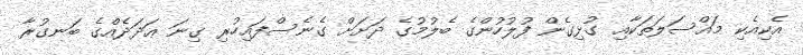
އެކިއެކި މައްސަލަތަކާއި ގުޅިގެން ފުލުހުންގެ ބެލުމުގެ ދަށަށް ގެނެސްފައިހުރި ގިނަ ޢަދަދެއްގެ ބަނގުރާ